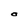
Character: O